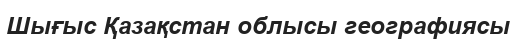
Шығыс Қазақстан облысы географиясы